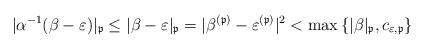
LaTeX: \begin{align*}|\alpha^{-1}(\beta-\varepsilon)|_{\mathfrak{p}}\leq|\beta-\varepsilon|_{\mathfrak{p}}=|\beta^{(\mathfrak{p})}-\varepsilon^{(\mathfrak{p})}|^{2}<\max\left\{ |\beta|_{\mathfrak{p}},c_{\varepsilon,\mathfrak{p}}\right\} \end{align*}